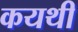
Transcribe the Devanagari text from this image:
कयथी